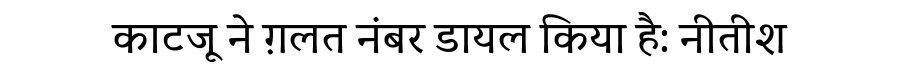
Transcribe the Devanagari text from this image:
काटजू ने ग़लत नंबर डायल किया है: नीतीश